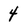
Character: 4